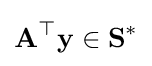
\mathbf {A} ^{\top }\mathbf {y} \in \mathbf {S} ^{*}